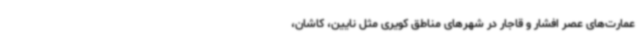
عمارت‌های عصر افشار و قاجار در شهرهای مناطق کویری مثل نایین، کاشان،